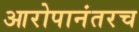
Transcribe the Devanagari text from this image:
आरोपानंतरच